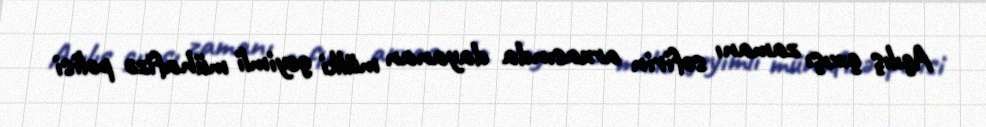
Açılış çıxışı zamanı səfirin arxasında dayanan mülki geyimli mühafizə polisi